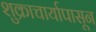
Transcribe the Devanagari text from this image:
शुक्राचार्यापासून